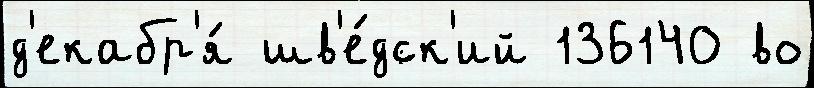
д'екабр'я́ шв'е́дск'ий 136140 во